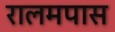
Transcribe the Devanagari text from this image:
रालमपास